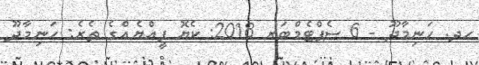
ހދ. ހަނިމާދޫ - 6 ސެޕްޓެމްބަރ 2018: ކެޔޮ ފީއްޔެއްގެ ތެރެ: ހަނިމާދޫ